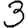
Digit: 3